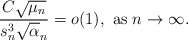
\begin{align*} \frac{C \sqrt{\mu_n}}{s_n^3\sqrt\alpha_n}=o(1), \mbox{ as } n\rightarrow\infty. \end{align*}